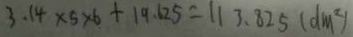
3 . 1 4 \times 5 \times 6 + 1 9 . 6 2 5 = 1 1 3 . 8 2 5 ( d m ^ { 2 } )